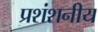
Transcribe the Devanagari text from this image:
प्रशंशनीय